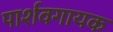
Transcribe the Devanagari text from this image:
पार्शवगायक